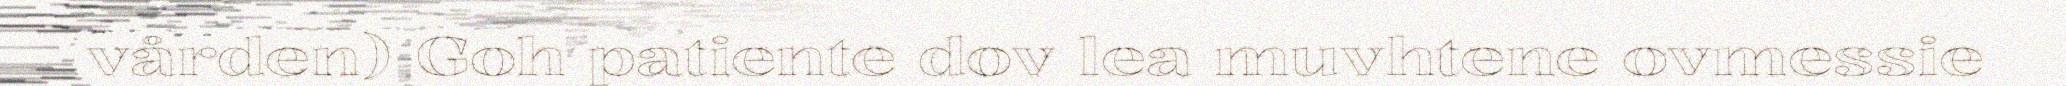
vården) Goh patiente dov lea muvhtene ovmessie